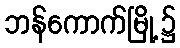
ဘန်ကောက်မြို့၌